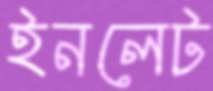
ইনলেট